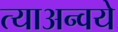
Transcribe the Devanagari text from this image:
त्याअन्वये